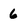
Character: 6